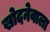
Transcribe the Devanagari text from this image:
खोदनेवाला